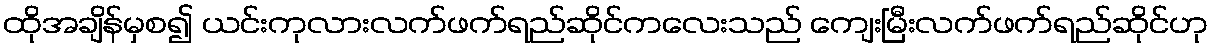
ထိုအချိန်မှစ၍ ယင်းကုလားလက်ဖက်ရည်ဆိုင်ကလေးသည် ကျေးမြီးလက်ဖက်ရည်ဆိုင်ဟု